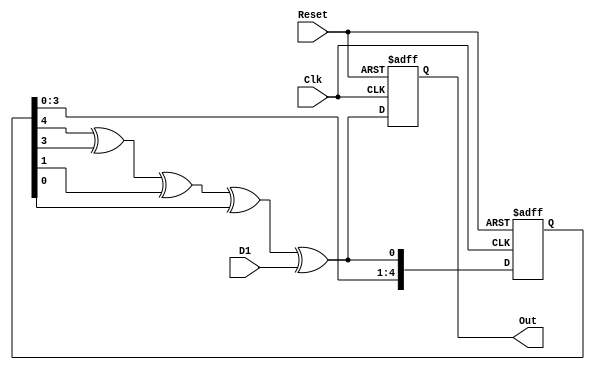
module Scrambler(
	input Clk, Reset, D1, 
	output reg Out
);
	reg [4:0] s;
	wire linear_feedback;
	
	always @(posedge Clk or posedge Reset) begin
		if (Reset) Out <= 0;
		else Out <= linear_feedback;
	end
	
	assign linear_feedback = s[4]^s[3]^s[1]^s[0]^D1;
	
	always @(posedge Clk or posedge Reset) begin
		if (Reset) begin
			s <= 5'b10101;
		end
		else begin
			s <= {s[3], s[2], s[1], s[0], linear_feedback};
		end
	end

endmodule